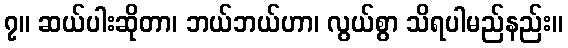
၇။ ဆယ်ပါးဆိုတာ၊ ဘယ်ဘယ်ဟာ၊ လွယ်စွာ သိရပါမည်နည်း။